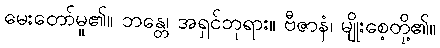
မေးတော်မူ၏။ ဘန္တေ၊ အရှင်ဘုရား။ ဗီဇာနံ၊ မျိုးစေ့တို့၏။